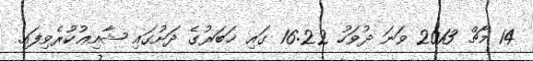
14 މާޗް 2013 ވަނަ ދުވަހު 16:22 ގައި ޚަބަރުގެ ދަށުގައި ޝާއިޢުކުރެވިފައި.